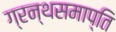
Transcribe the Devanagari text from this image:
ग्रन्थसमाप्ति